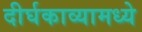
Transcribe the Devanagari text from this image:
दीर्घकाव्यामध्ये